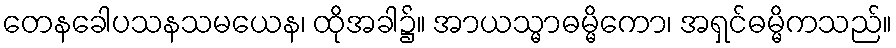
တေနခေါပသနသမယေန၊ ထိုအခါ၌။ အာယသ္မာဓမ္မိကော၊ အရှင်ဓမ္မိကသည်။